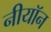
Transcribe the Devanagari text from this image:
नीयॉन